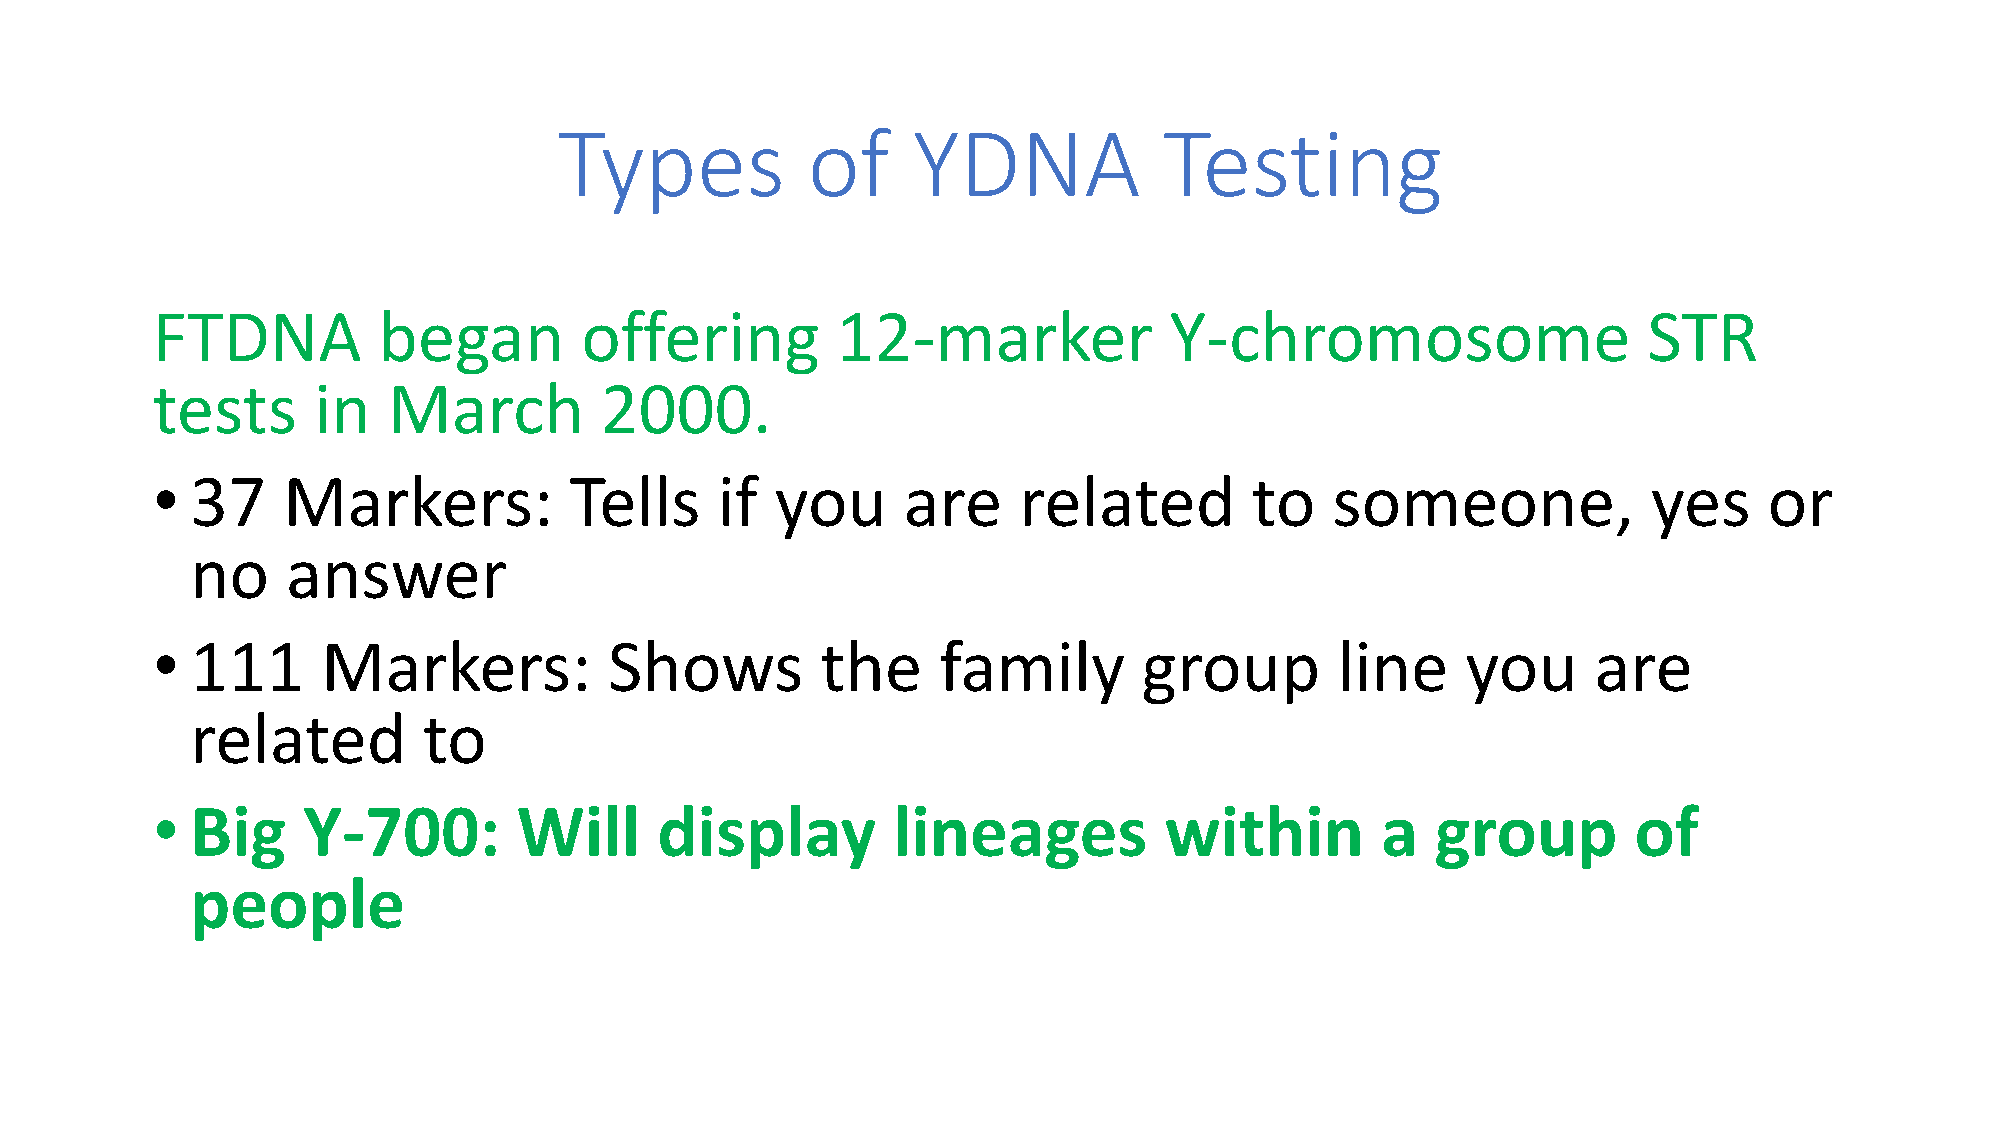
Types           of     YDNA             Testing
 FTDNA          began        offering         12-marker             Y-chromosome                    STR
 tests      in   March         2000.
 •  37    Markers:           Tells    if  you      are    related         to   someone,             yes     or
 no    answer
 •  111     Markers:           Shows         the     family        group       line     you      are
 related        to
 •  Big    Y-700:        Will     display         lineages          within        a   group        of
 people